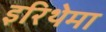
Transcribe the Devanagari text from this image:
इरिथेमा